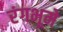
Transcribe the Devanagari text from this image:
रंगभूमे